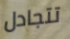
تتجادل